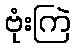
ဗုံးကြဲ